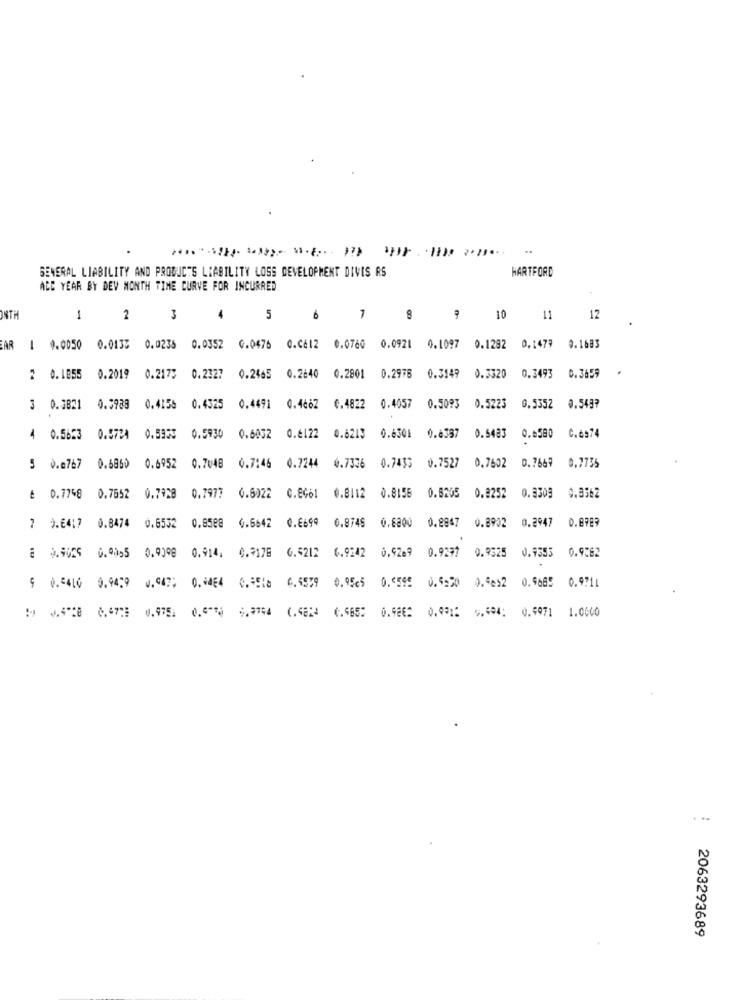
GENERAL LIABILITY AND PRODUCTS LIABILITY LOSS DEVELOPMENT DIVIS RS
HARTFORD
ALE YEAR BY DEV MONTH TINE CURVE FOR INCURRED
28TH
1
2
3
5
6
1
8
10
11
12
AR 1 0.0050 0.0135 0.0235 0.0352 0.0476 0.CE12 0.0760 0.0921 0.1097 0.1292 0.1479 0.1683
2 0.1855
0.2019 0.2175 0.2327 0.2465 0.2640
0.2901
0.2976
0.3149
0.3320
0.3493
0.3659
3 0.3821 0.3988 0.4158 0.4325 0.4491 0.4662
0.4822
0.4057
0.5093
0.5223
0.5352
0.5497
0.6301
4 0.5623 0.5724 0.5930 0.5930 0.6032 0.4122
0.6213
0.8387
0.5483
0.6580
C.6574
0.7433
0.7527
0.7602
0.7669
0.7735
5 0.0767 0.6860 0.6952 0.7048 0.7:46 0.7244 0.7336
0.8156
0.8205
0.8252
0.9309
0.3562
6 0.7748 0.7652 0.7928 0.7977
0.6922 C.EG61
0.8112
0.6642 0.6699
0.8749
0.8800
0.8902 0.2947
0.8989
7 1.6417 0.8474 0.6532
0.8508
0.2947
6.9242
0.92e9
0.9277
0.9525 0.9355
0.9262
: 4.9025 0.90,5 0.9098 0.914. 0.3176 6.5212
0.95c5
0.0599
0.5:20 0.5632 0.9685
9 0.04L0 0.9429 0.047; 0.0454 0. 55la 0, 6559
0.971L
0.9862 0.0015 .404: 0.9971 1.0000
2063293689